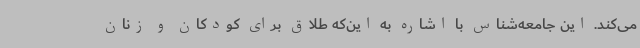
می‌کند. این جامعه‌شناس با اشاره به این‌که طلاق برای کودکان و زنان